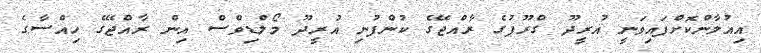
އިއުލާންކޮށްފައިވަނީ އުރީދޫ ގްރޫޕުގެ ރާއްޖޭގެ ކުންފުނި އުރީދޫ މޯލްޑިވްސް އިން ރާއްޖޭގެ ހިއްސާގެ